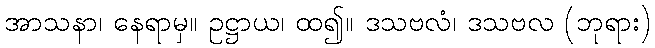
အာသနာ၊ နေရာမှ။ ဥဋ္ဌာယ၊ ထ၍။ ဒသဗလံ၊ ဒသဗလ (ဘုရား)